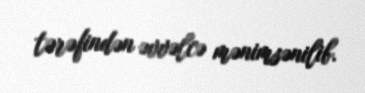
tərəfindən əvvəlcə mənimsənilib.